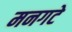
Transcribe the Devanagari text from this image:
मनगटे